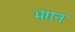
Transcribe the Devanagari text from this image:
भंगन